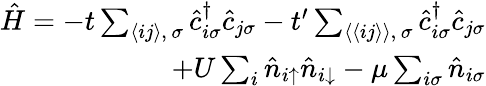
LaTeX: \begin{array}{r}{\hat{H}=-t\sum_{\langle ij\rangle,\, \sigma}\hat{c}_{i\sigma}^{\dagger}\hat{c}_{j\sigma}-t^{\prime}\sum_{\langle\langle ij\rangle\rangle,\, \sigma}\hat{c}_{i\sigma}^{\dagger}\hat{c}_{j\sigma}}\\ {+U\sum_{i}\hat{n}_{i\uparrow}\hat{n}_{i\downarrow}-\mu\sum_{i\sigma}\hat{n}_{i\sigma}}\end{array}